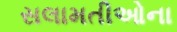
સલામતીઓના